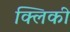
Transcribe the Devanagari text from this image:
क्लिकी